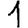
Digit: 1